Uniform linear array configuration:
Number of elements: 4
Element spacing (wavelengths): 1
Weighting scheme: hamming
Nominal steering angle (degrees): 45
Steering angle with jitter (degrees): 43.656
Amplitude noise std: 0.05
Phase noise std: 0.05

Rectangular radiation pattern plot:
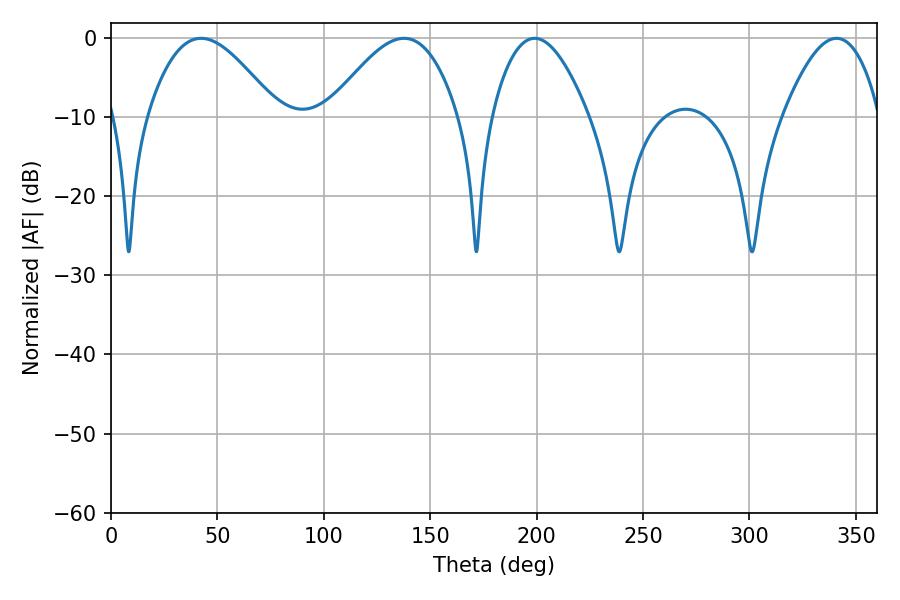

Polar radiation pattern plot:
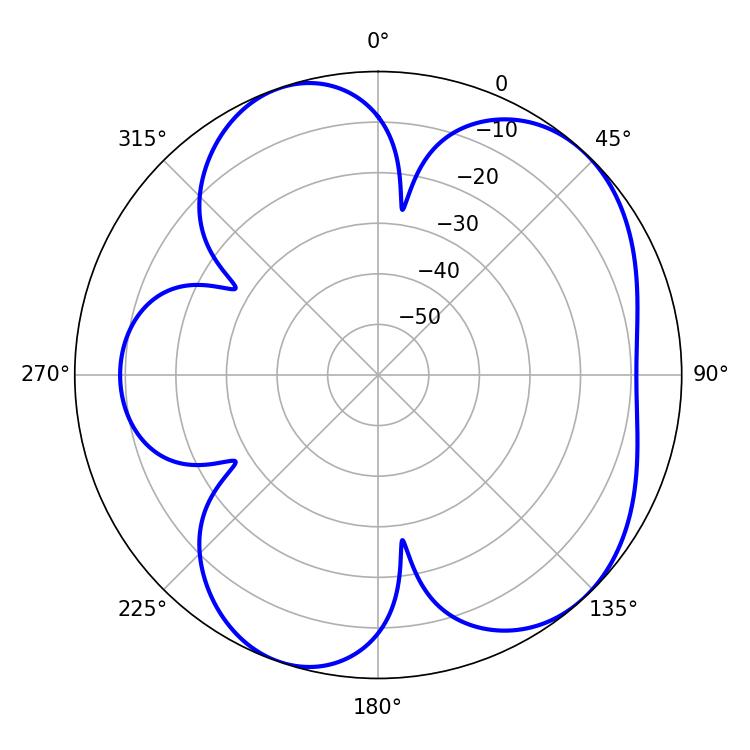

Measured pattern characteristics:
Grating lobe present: TRUE
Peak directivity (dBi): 5.92
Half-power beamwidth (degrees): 25.02
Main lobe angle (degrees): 199.08